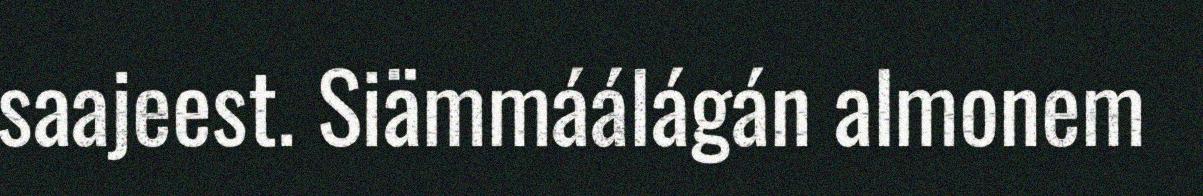
saajeest. Siämmáálágán almonem